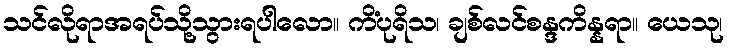
သင်လိုရာအရပ်သို့သွားရပါလော။ ကိံပုရိသ၊ ချစ်လင်စန္ဒကိန္နရာ။ ယေသု၊